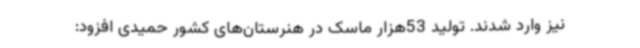
نیز وارد شدند. تولید 53هزار ماسک در هنرستان‌های کشور حمیدی افزود: